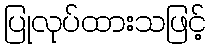
ပြုလုပ်ထားသဖြင့်